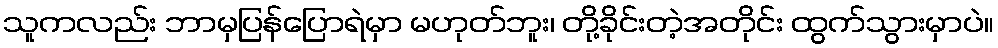
သူကလည်း ဘာမှပြန်ပြောရဲမှာ မဟုတ်ဘူး၊ တို့ခိုင်းတဲ့အတိုင်း ထွက်သွားမှာပဲ။